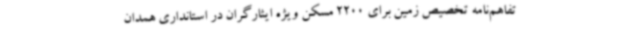
تفاهم‌نامه تخصیص زمین برای 2200 مسکن ویژه ایثارگران در استانداری همدان